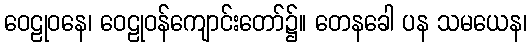
ဝေဠုဝနေ၊ ဝေဠုဝန်ကျောင်းတော်၌။ တေနခေါ ပန သမယေန၊